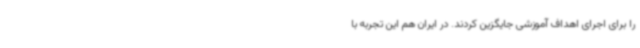
را برای اجرای اهداف آموزشی جایگزین کردند. در ایران هم این تجربه با